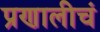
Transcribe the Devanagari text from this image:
प्रणालीचं